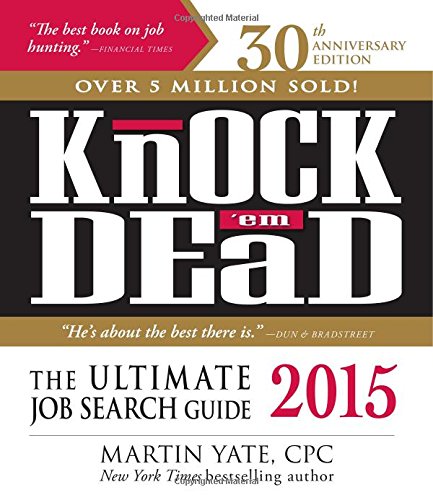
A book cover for Knock 'em Dead 2015: The Ultimate Job Search Guide; Martin Yate CPC; Business & Money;